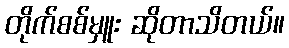
တိုက်စစ်မှူး ဆိုတာသိတယ်။